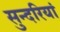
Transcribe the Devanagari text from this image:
सुन्दरियां